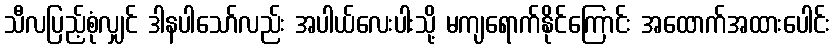
သီလပြည့်စုံလျှင် ဒါနပါသော်လည်း အပါယ်လေးပါးသို့ မကျရောက်နိုင်ကြောင်း အထောက်အထားပေါင်း